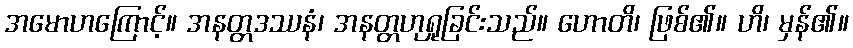
အမောဟကြောင့်။ အနတ္တဒဿနံ၊ အနတ္တဟုရှုခြင်းသည်။ ဟောတိ၊ ဖြစ်၏။ ဟိ၊ မှန်၏။